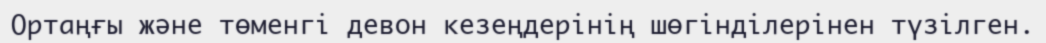
Ортаңғы және төменгі девон кезеңдерінің шөгінділерінен түзілген.